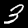
Label: 3